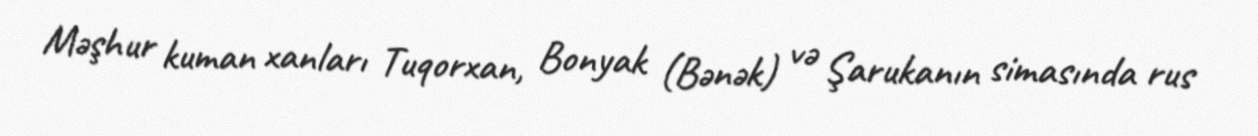
Məşhur kuman xanları Tuqorxan, Bonyak (Bənək) və Şarukanın simasında rus